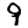
Digit: 9